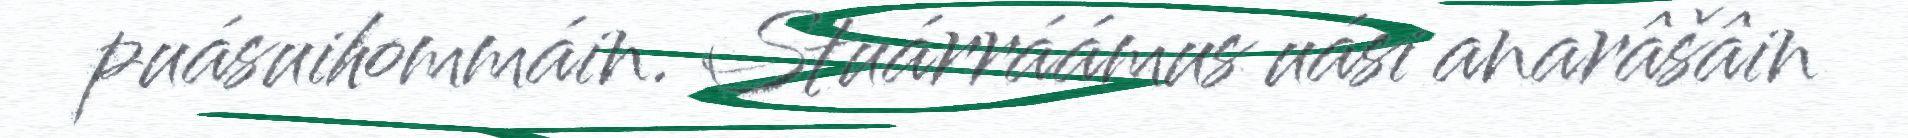
puásuihommáin. Stuárráámus uási anarâšâin